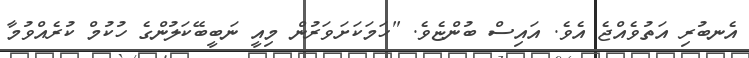
އެނބުރި އަތުވެއްޖެ އެވެ. އައިސް ބުންޏެވެ. "ހަމަކަށަވަރުން މިއީ ނަބީބޭކަލުންގެ ހުކުމް ކުރެއްވުމާ